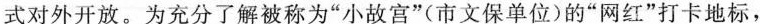
式对外开放。为充分了解被称为”小故宫”(市文保单位)的”网红”打卡地标，